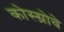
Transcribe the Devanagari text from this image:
कोस्ग्रोवे